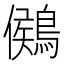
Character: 𪃶